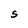
Character: S